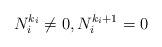
LaTeX: \begin{align*}N_i^{k_i} \not=0, N_i^{k_i+1}=0\end{align*}